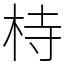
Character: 㭙